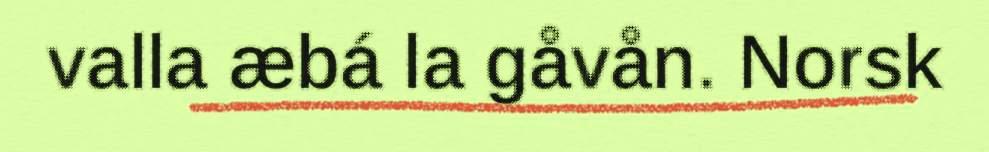
valla æbá la gåvån. Norsk